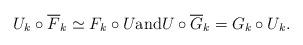
LaTeX: \begin{align*} U_k\circ \overline{F}_k \simeq F_k \circ U \mathrm{and}U \circ \overline{G}_k=G_k\circ U_k. \end{align*}